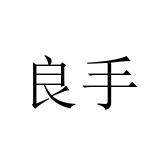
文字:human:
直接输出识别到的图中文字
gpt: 良手